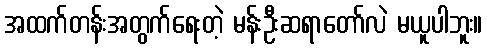
အထက်တန်းအတွက်ရေးတဲ့ မန်းဦးဆရာတော်လဲ မယူပါဘူး။